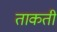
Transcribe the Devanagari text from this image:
ताकती